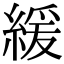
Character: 緩